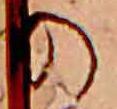
の